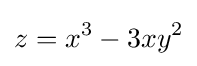
z=x^{3}-3xy^{2}